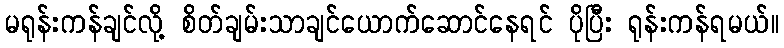
မရုန်းကန်ချင်လို့ စိတ်ချမ်းသာချင်ယောက်ဆောင်နေရင် ပိုပြီး ရုန်းကန်ရမယ်။